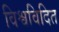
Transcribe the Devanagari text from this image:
विश्वविदित